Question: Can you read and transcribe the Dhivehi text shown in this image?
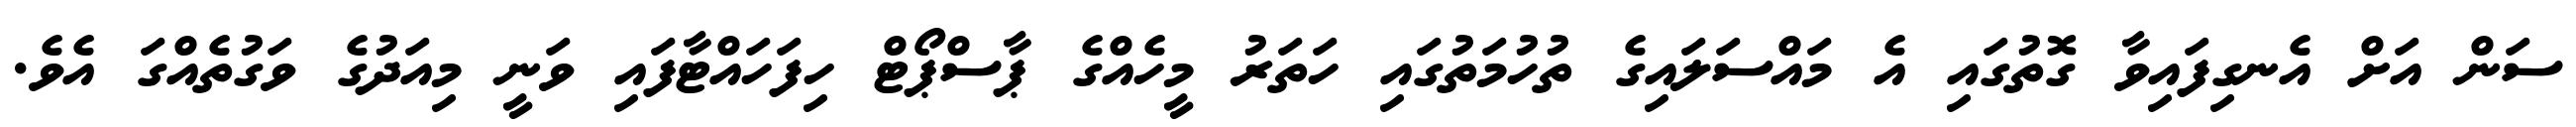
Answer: ސަން އަށް އެނގިފައިވާ ގޮތުގައި އެ މައްސަލައިގެ ތުހުމަތުގައި ހަތަރު މީހެއްގެ ޕާސްޕޯޓް ހިފަހައްޓާފައި ވަނީ މިއަދުގެ ވަގުތެއްގަ އެވެ.